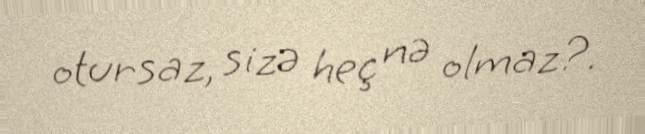
otursaz, sizə heç nə olmaz?.